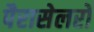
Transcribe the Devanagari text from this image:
पैरासेलरों